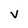
Character: V